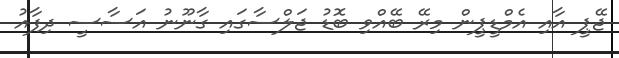
ޖޭޕީ އާއި އެމްޑީޕީން މިރޭ ބޭއްވި ބޮޑު ޖަލްސާގައި ގާނޫނު އަސާސީ ދިފާއު